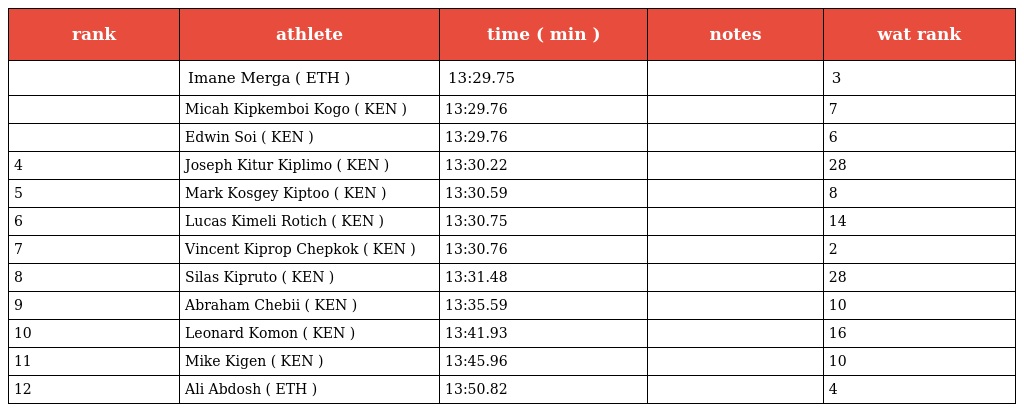
| rank | athlete | time ( min ) | notes | wat rank |
 | --- | --- | --- | --- | --- |
 |  | Imane Merga ( ETH ) | 13:29.75 |  | 3 |
 |  | Micah Kipkemboi Kogo ( KEN ) | 13:29.76 |  | 7 |
 |  | Edwin Soi ( KEN ) | 13:29.76 |  | 6 |
 | 4 | Joseph Kitur Kiplimo ( KEN ) | 13:30.22 |  | 28 |
 | 5 | Mark Kosgey Kiptoo ( KEN ) | 13:30.59 |  | 8 |
 | 6 | Lucas Kimeli Rotich ( KEN ) | 13:30.75 |  | 14 |
 | 7 | Vincent Kiprop Chepkok ( KEN ) | 13:30.76 |  | 2 |
 | 8 | Silas Kipruto ( KEN ) | 13:31.48 |  | 28 |
 | 9 | Abraham Chebii ( KEN ) | 13:35.59 |  | 10 |
 | 10 | Leonard Komon ( KEN ) | 13:41.93 |  | 16 |
 | 11 | Mike Kigen ( KEN ) | 13:45.96 |  | 10 |
 | 12 | Ali Abdosh ( ETH ) | 13:50.82 |  | 4 |